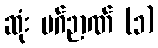
ဆုံး မဂ်ဉာဏ် (၁)